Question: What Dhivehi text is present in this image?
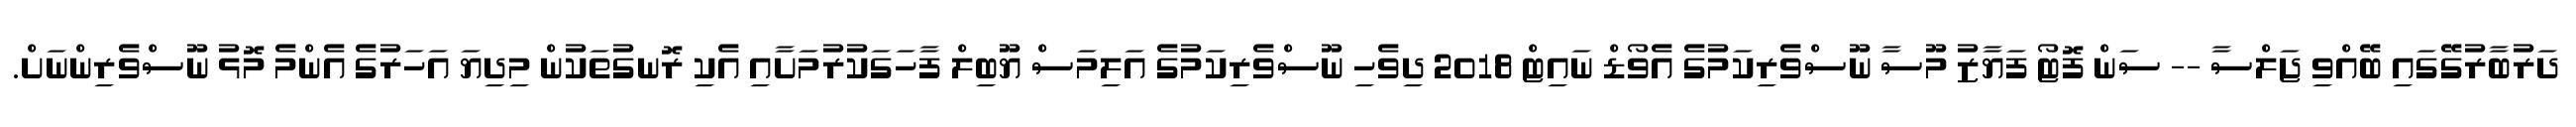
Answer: ދަރުބާރުގޭގައި ބޭއްވި ޖަލްސާ -- ސަން ފޮޓޯ ފަޔާޒު މޫސާ ނޫސްވެރިކަމުގެ އެވޯޑް ނައިޓް 2018 ދިވެހި ނޫސްވެރިކަމުގެ އަލިމަސް ޔޫބިލް ފާހަގަކުރުމަށާއި އެކި ރޮނގުތަކުން މިދިޔަ އަހަރުގެ އެންމެ މޮޅު ނޫސްވެރިންނަށް.